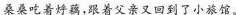
桑桑吃着烀藕，跟着父亲又回到了小旅馆。